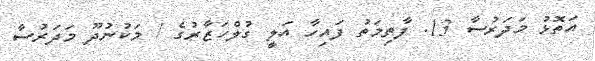
އަތޮޅު މަދަރުސާ 13. ފާތިމަތު ފައިހާ އަލީ ގުލްހަޒާރުގެ / މަކުނުދޫ މަދަރުސާ